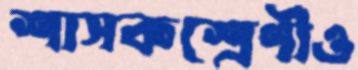
শাসকশ্রেণীও